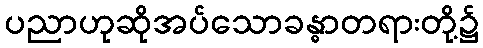
ပညာဟုဆိုအပ်သောခန္ဓာတရားတို့၌